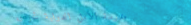
مدرسة الأمل الدولية تحرص